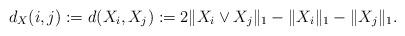
LaTeX: \begin{align*} d_X(i,j):=d(X_i,X_j):=2\|X_i\vee X_j\|_1-\|X_i\|_1-\|X_j\|_1.\end{align*}